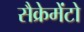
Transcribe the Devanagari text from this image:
सैक्रेमेंटो